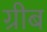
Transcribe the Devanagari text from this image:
ग्रीब